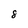
Character: 8